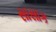
સાસાક